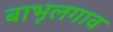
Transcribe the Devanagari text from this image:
बाभूलगाव